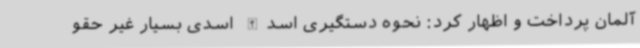
آلمان پرداخت و اظهار کرد: نحوه دستگیری اسدالله اسدی بسیار غیر حقو